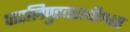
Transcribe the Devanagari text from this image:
पाटलिपुरवराधीश्वर